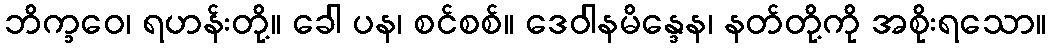
ဘိက္ခဝေ၊ ရဟန်းတို့။ ခေါ ပန၊ စင်စစ်။ ဒေဝါနမိန္ဒေန၊ နတ်တို့ကို အစိုးရသော။